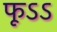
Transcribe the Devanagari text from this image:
फूऽऽ